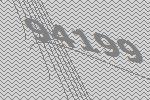
94199